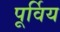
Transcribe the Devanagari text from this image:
पूर्विय